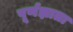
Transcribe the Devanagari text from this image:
पूर्णज्ञाता